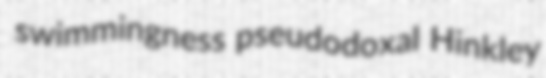
swimmingness pseudodoxal Hinkley